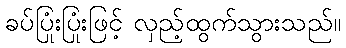
ခပ်ပြုံးပြုံးဖြင့် လှည့်ထွက်သွားသည်။